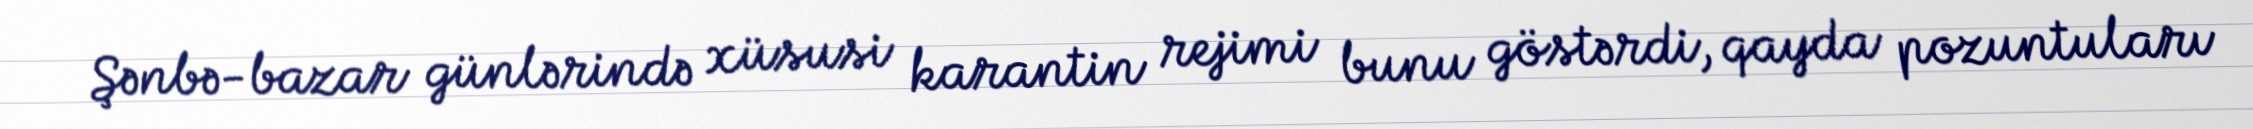
Şənbə-bazar günlərində xüsusi karantin rejimi bunu göstərdi, qayda pozuntuları